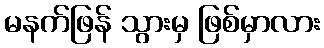
မနက်ဖြန် သွားမှ ဖြစ်မှာလား